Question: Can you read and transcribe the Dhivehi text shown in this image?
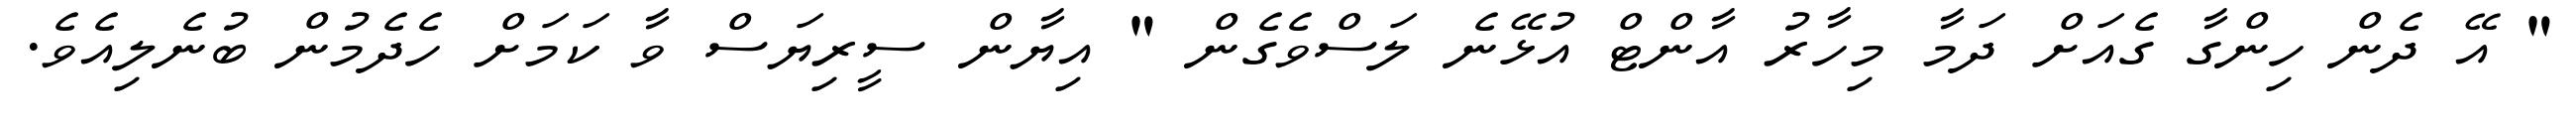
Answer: " އޭ ދެން ހިންގާ ގެއަށް ދަމާ މިހާރު އާންޓް އުޅޭނެ ލަސްވެގެން " އިޔާން ސީރިޔަސް ވާ ކަމަށް ހެދެމުން ބުނެލިއެވެ.